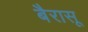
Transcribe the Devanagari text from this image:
बैरासू